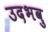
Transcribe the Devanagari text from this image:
उदभवु